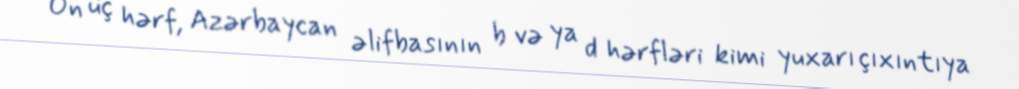
On üç hərf, Azərbaycan əlifbasının b və ya d hərfləri kimi yuxarı çıxıntıya